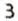
3